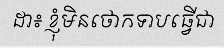
ដា៖ ខ្ញុំមិនថោកទាបធ្វើជា